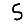
Digit: 5